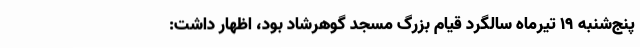
پنج‌شنبه 19 تیرماه سالگرد قیام بزرگ مسجد گوهرشاد بود، اظهار داشت: